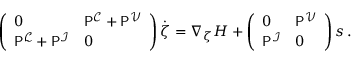
\begin{array} { r } { \left( \begin{array} { l l } { 0 } & { \mathsf { P } ^ { \mathcal { C } } + \mathsf { P } ^ { \mathcal { V } } } \\ { \mathsf { P } ^ { \mathcal { L } } + \mathsf { P } ^ { \mathcal { I } } } & { 0 } \end{array} \right) \dot { \boldsymbol { \zeta } } = \nabla _ { \zeta } H + \left( \begin{array} { l l } { 0 } & { \mathsf { P } ^ { \mathcal { V } } } \\ { \mathsf { P } ^ { \mathcal { I } } } & { 0 } \end{array} \right) \boldsymbol { s } \, . } \end{array}